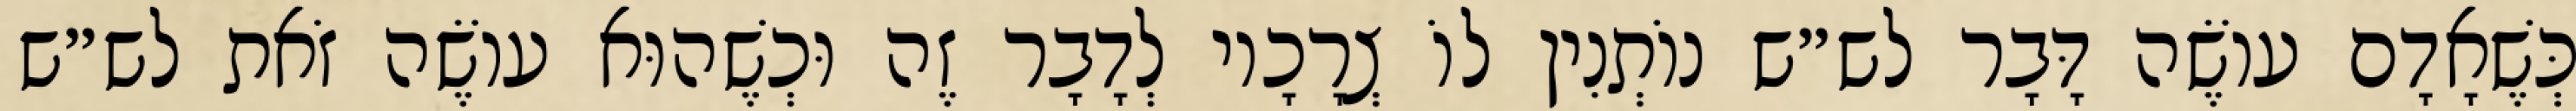
כְּשֶׁאָדָם עוֹשֶׂה דָּבָר לש״ש נוֹתְנִין לוֹ צְרָכָיו לְדָבָר זֶה וּכְשֶׁהוּא עוֹשֶׂה זֹאת לש״ש